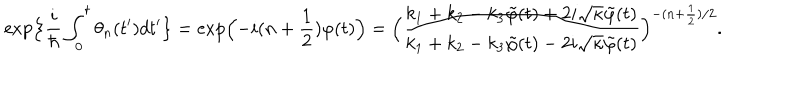
LaTeX: \exp \Bigl \{ \frac { i } { \hbar } \int _ { 0 } ^ { t } \theta _ { n } ( t ^ { \prime } ) d t ^ { \prime } \bigr \} = \exp \Bigl ( - i ( n + \frac { 1 } { 2 } ) \varphi ( t ) \Bigr ) = \Bigl ( \frac { k _ { 1 } + k _ { 2 } - k _ { 3 } \tilde { \varphi } ( t ) + 2 i \sqrt { \kappa } \tilde { \varphi } ( t ) } { k _ { 1 } + k _ { 2 } - k _ { 3 } \tilde { \varphi } ( t ) - 2 i \sqrt { \kappa } \tilde { \varphi } ( t ) } \Bigr ) ^ { - ( n + \frac { 1 } { 2 } ) / 2 } .